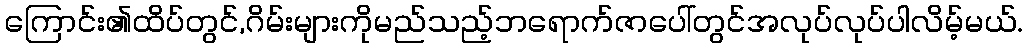
ကြောင်း၏ထိပ်တွင်,ဂိမ်းများကိုမည်သည့်ဘရောက်ဇာပေါ်တွင်အလုပ်လုပ်ပါလိမ့်မယ်.